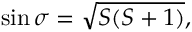
\sin \sigma = \sqrt { S ( S + 1 ) } ,